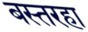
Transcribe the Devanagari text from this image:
बस्तरहा